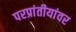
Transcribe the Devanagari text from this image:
परप्रांतीयांवर